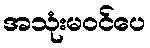
အသုံးမဝင်ပေ